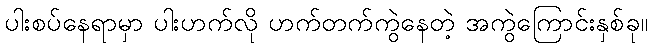
ပါးစပ်နေရာမှာ ပါးဟက်လို ဟက်တက်ကွဲနေတဲ့ အကွဲကြောင်းနှစ်ခု။